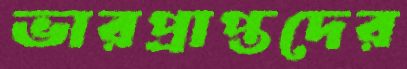
ভারপ্রাপ্তদের